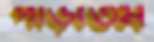
পাড়তেম